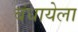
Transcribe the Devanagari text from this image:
बंधायेला